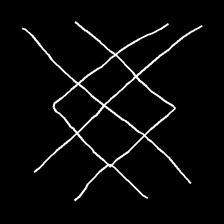
Glyph: crystal